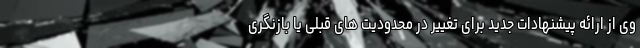
وی از ارائه پیشنهادات جدید برای تغییر در محدودیت های قبلی یا بازنگری